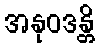
အနုဝဒန္တိ